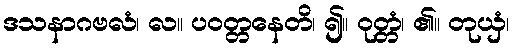
ဒသနာဂဗလံ၊ လ။ ပဝတ္တနေတိ၊ ၍။ ဝုတ္တံ၊ ၏။ တုယှံ၊